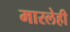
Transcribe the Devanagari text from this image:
मारलेही